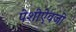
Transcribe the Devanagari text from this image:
पेशीऐवजी